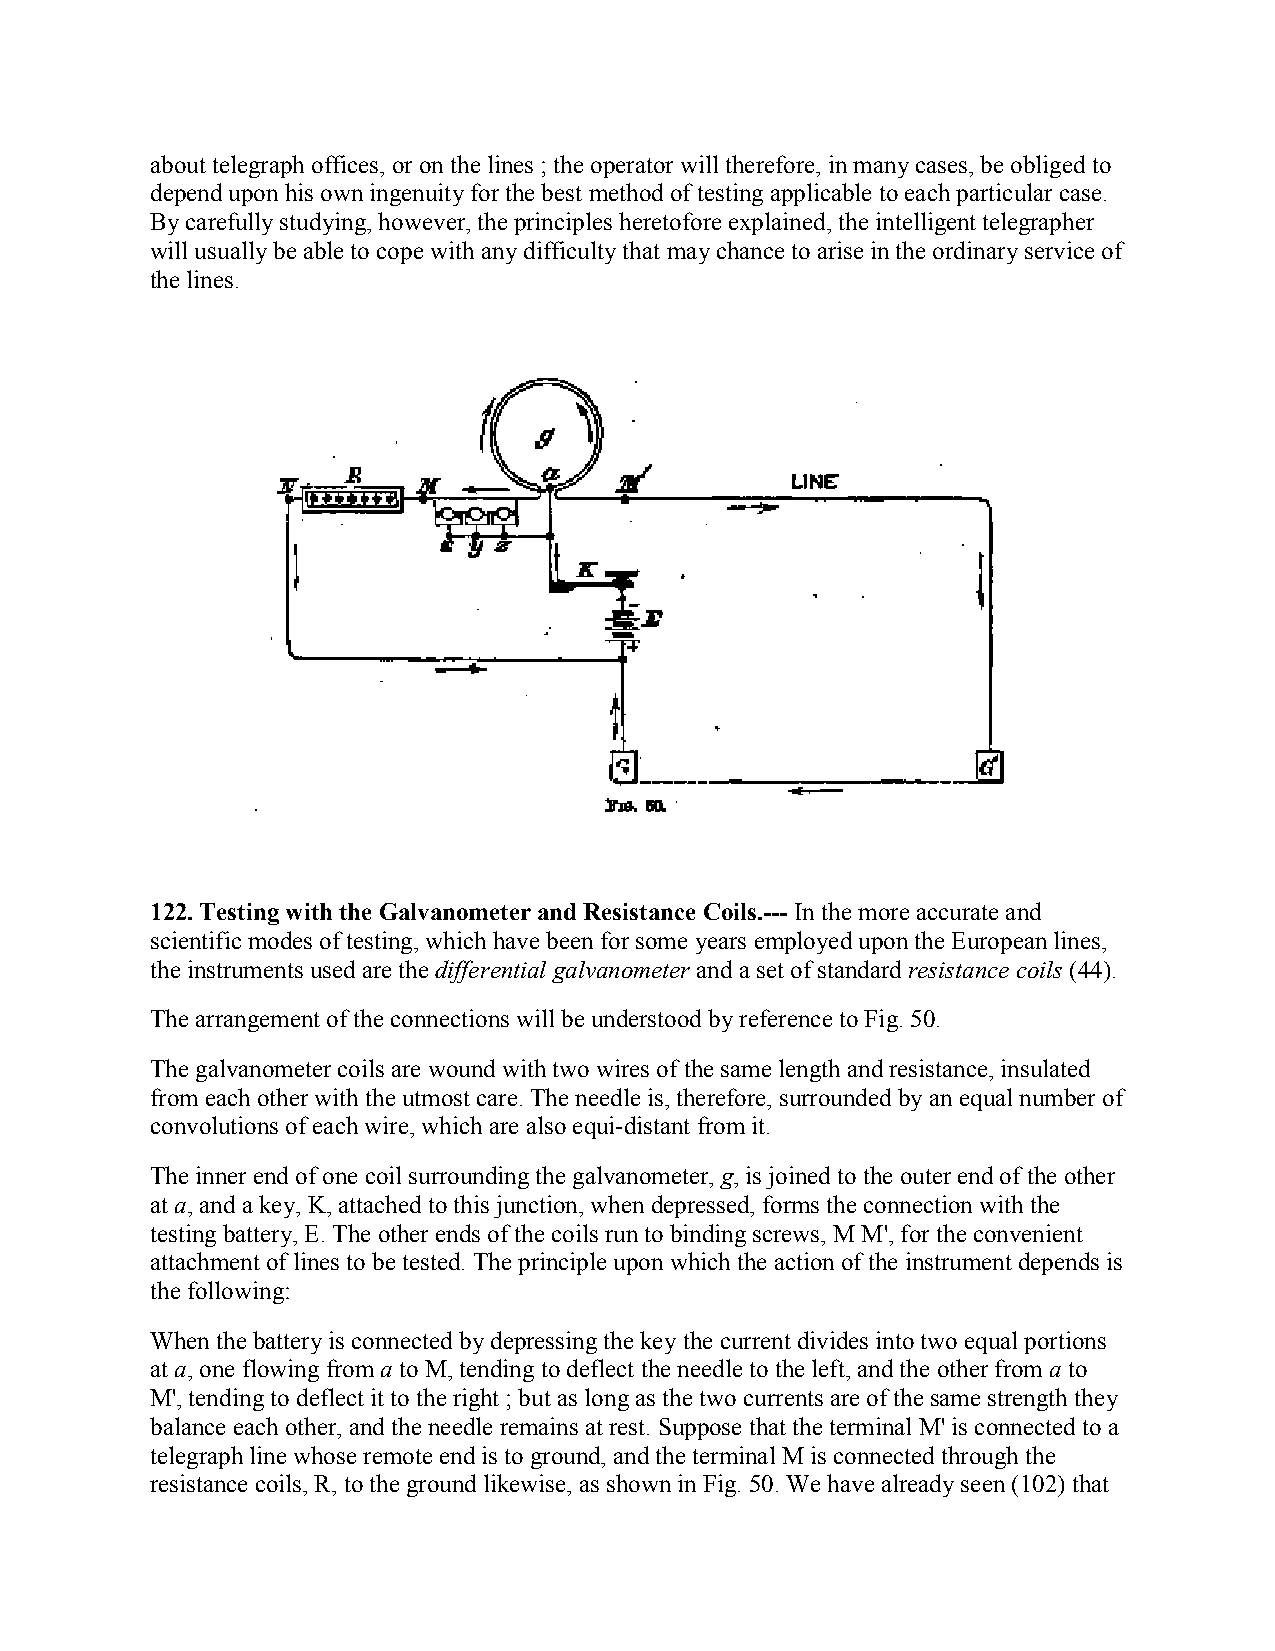
about telegraph offices, or on the lines ; the operator will therefore, in many cases, be obliged to
 depend upon his own ingenuity for the best method of testing applicable to each particular case.
 By carefully studying, however, the principles heretofore explained, the intelligent telegrapher
 will usually be able to cope with any difficulty that may chance to arise in the ordinary service of
 the lines.
 122. Testing with the Galvanometer and Resistance Coils.--- In the more accurate and
 scientific modes of testing, which have been for some years employed upon the European lines,
 the instruments used are the differential galvanometer and a set of standard resistance coils (44).
 The arrangement of the connections will be understood by reference to Fig. 50.
 The galvanometer coils are wound with two wires of the same length and resistance, insulated
 from each other with the utmost care. The needle is, therefore, surrounded by an equal number of
 convolutions of each wire, which are also equi-distant from it.
 The inner end of one coil surrounding the galvanometer, g, is joined to the outer end of the other
 at a, and a key, K, attached to this junction, when depressed, forms the connection with the
 testing battery, E. The other ends of the coils run to binding screws, M M', for the convenient
 attachment of lines to be tested. The principle upon which the action of the instrument depends is
 the following:
 When the battery is connected by depressing the key the current divides into two equal portions
 at a, one flowing from a to M, tending to deflect the needle to the left, and the other from a to
 M', tending to deflect it to the right ; but as long as the two currents are of the same strength they
 balance each other, and the needle remains at rest. Suppose that the terminal M' is connected to a
 telegraph line whose remote end is to ground, and the terminal M is connected through the
 resistance coils, R, to the ground likewise, as shown in Fig. 50. We have already seen (102) that